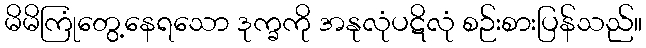
မိမိကြုံတွေ့နေရသော ဒုက္ခကို အနုလုံပဋိလုံ စဉ်းစားပြန်သည်။